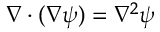
\nabla \cdot ( \nabla \psi ) = \nabla ^ { 2 } \psi